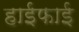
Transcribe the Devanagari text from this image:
हाईफाई